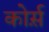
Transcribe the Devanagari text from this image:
कोर्स़